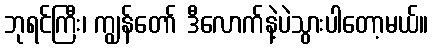
ဘုရင်ကြီး၊ ကျွန်တော် ဒီလောက်နဲ့ပဲသွားပါတော့မယ်။